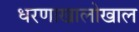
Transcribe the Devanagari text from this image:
धरणाखालोखाल